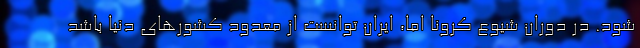
شود. در دوران شیوع کرونا اما، ایران توانست از معدود کشورهای دنیا باشد